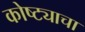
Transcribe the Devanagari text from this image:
कोष्ट्याचा